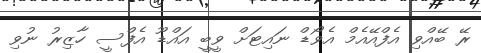
ރޭ ބޭއްވި އެފްއޭއެމް އެވޯޑް ނައިޓަށް ވީބީ އައްޑޫ އެފްސީ ހާޒިރު ނުވި